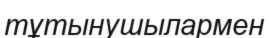
тұтынушылармен